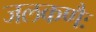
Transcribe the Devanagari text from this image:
जलकणैः